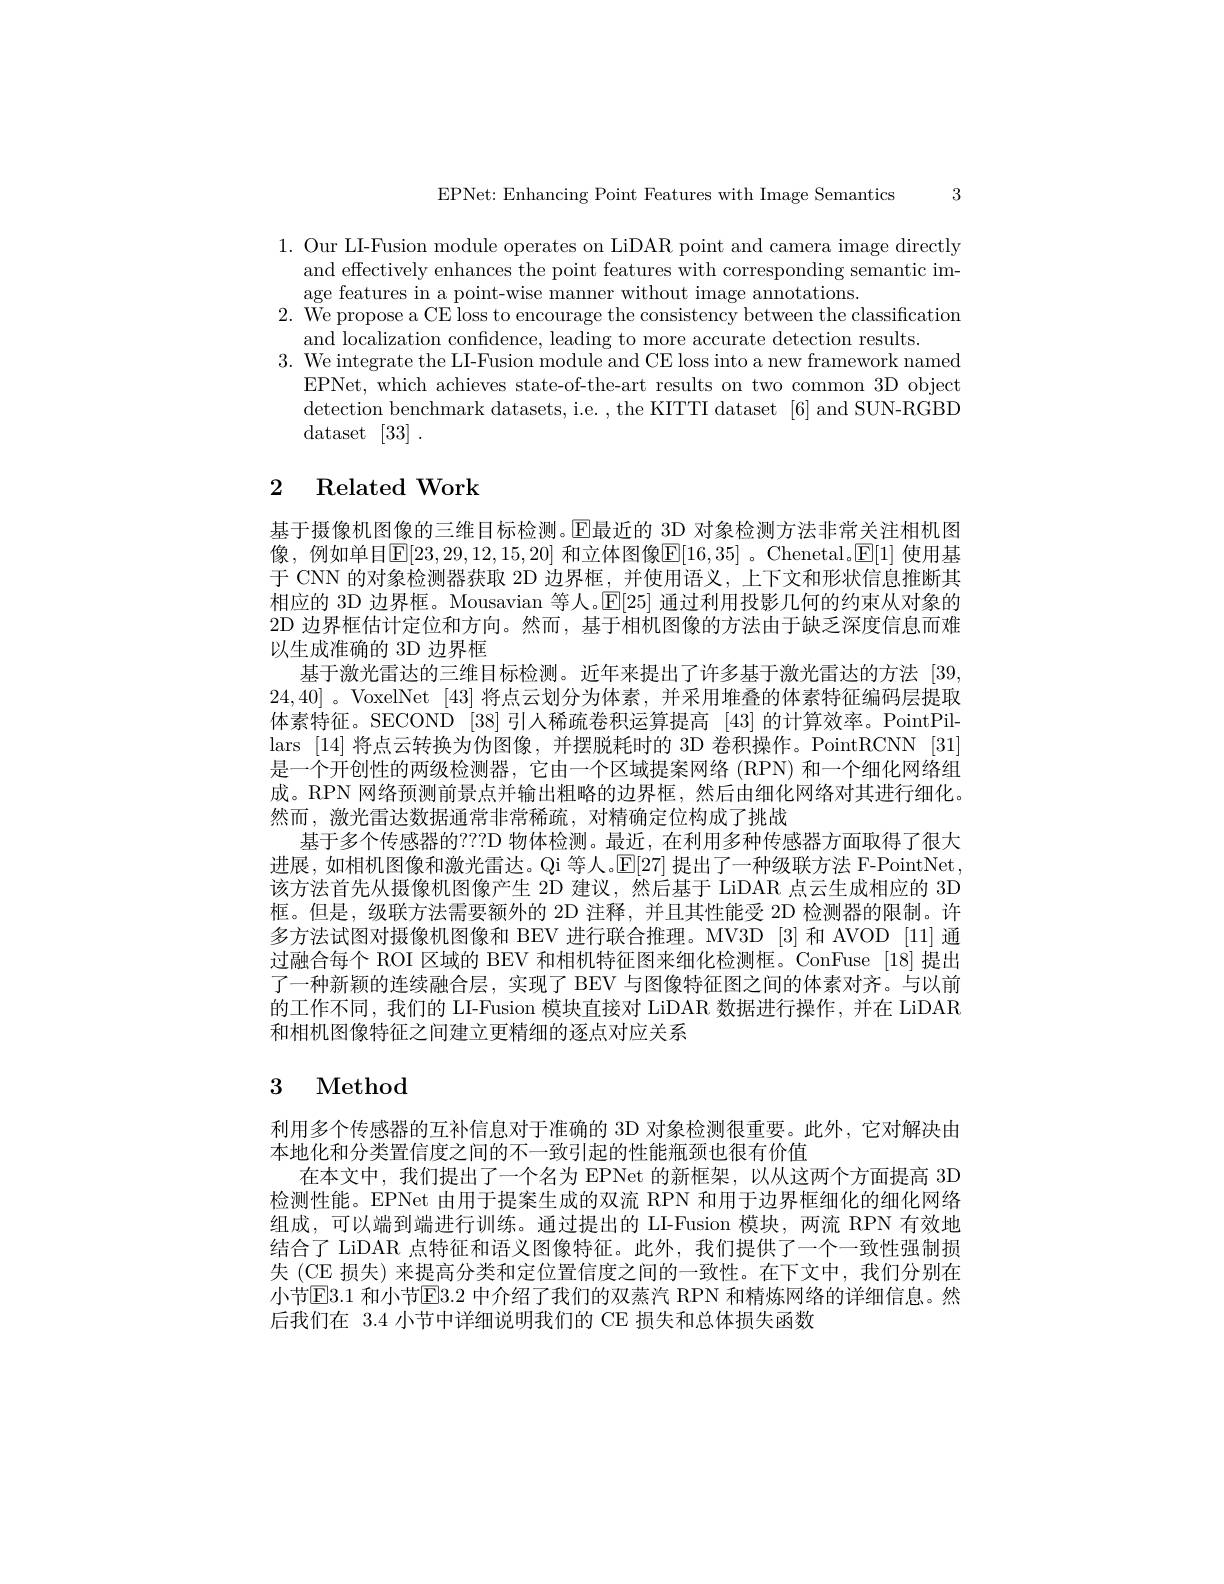
EPNet: Enhancing Point Features with Image Semantics 3

1. Our LI-Fusion module operates on LiDAR point and camera image directly
and effectively enhances the point features with corresponding semantic im-
age features in a point-wise manner without image annotations.
$2.\bar{\text{ We propose a CE loss to encourage the consistency between the classification}}$
and localization confidence, leading to more accurate detection results
3. We integrate the LI-Fusion module and CE loss into a new framework named
EPNet, which achieves state-of-the-art results on two common 3D object detection benchmark datasets, i.e. ,the KITTI dataset [6] and SUN-RGBD ${\mathrm{dataset}}$ [33] .

## 2 Related Work

基于摄像机图像的三维目标检测。$\operatorname{E\text{最近的 3D 对象检测方法非常关注相机图}}$ 像，例如单目$\mathbb{E}[23,29,12,15,20]$ 和立体图像$\mathbb{E}[16,35]$ 。Chenetal。$\mathbb{E}[1]$ 使用基于 CNN 的对象检测器获取 2D 边界框，并使用语义，上下文和形状信息推断其相应的 3D 边界框。Mousavian 等人。$\mathbb{E}[25]$通过利用投影几何的约束从对象的2D 边界框估计定位和方向。然而，基于相机图像的方法由于缺乏深度信息而难以生成准确的 3D 边界框
基于激光雷达的三维目标检测。近年来提出了许多基于激光雷达的方法 [39] 24,40]。VoxelNet [43]将点云划分为体素，并采用堆叠的体素特征编码层提取体素特征。SECOND [38]引人稀疏卷积运算提高 [43] 的计算效率。PointPillars [14] 将点云转换为伪图像，并摆脱耗时的 3D 卷积操作。PointRCNN [31] 是一个开创性的两级检测器，它由一个区域提案网络 (RPN) 和一个细化网络组成。RPN 网络预测前景点并输出粗略的边界框，然后由细化网络对其进行细化。然而，激光雷达数据通常非常稀疏，对精确定位构成了挑战
基于多个传感器的？??D 物体检测。最近，在利用多种传感器方面取得了很大进展，如相机图像和激光雷达。Qi 等人。$\mathbb{E}[27]$提出了一种级联方法 F-PointNet, 该方法首先从摄像机图像产生 2D 建议，然后基于 LiDAR 点云生成相应的 3D 框。但是，级联方法需要额外的 2D 注释，并且其性能受 2D 检测器的限制。许多方法试图对摄像机图像和 BEV 进行联合推理。MV3D [3] 和 AVOD [11] 通过融合每个 ROI 区域的 BEV 和相机特征图来细化检测框。ConFuse [18]提出了一种新颖的连续融合层，实现了 BEV 与图像特征图之间的体素对齐。与以前的工作不同，我们的 LI-Fusion 模块直接对 LiDAR 数据进行操作，并在 LiDAR 和相机图像特征之间建立更精细的逐点对应关系

# 3 Method

利用多个传感器的互补信息对于准确的 3D 对象检测很重要。此外，它对解决由
本地化和分类置信度之间的不一致引起的性能瓶颈也很有价值
在本文中，我们提出了一个名为 EPNet 的新框架，以从这两个方面提高 3D 检测性能。EPNet 由用于提案生成的双流 RPN 和用于边界框细化的细化网络组成，可以端到端进行训练。通过提出的 LI-Fusion 模块，两流 RPN 有效地结合了 LiDAR 点特征和语义图像特征。此外，我们提供了一个一致性强制损失 (CE 损失) 来提高分类和定位置信度之间的一致性。在下文中，我们分别在小节$\mathbb{E}$3.1 和小节$\mathbb{E}$3.2 中介绍了我们的双蒸汽 RPN 和精炼网络的详细信息。然后我们在 3.4 小节中详细说明我们的 CE 损失和总体损失函数